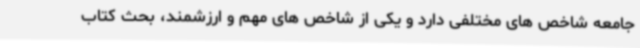
جامعه شاخص های مختلفی دارد و یکی از شاخص های مهم و ارزشمند، بحث کتاب